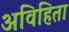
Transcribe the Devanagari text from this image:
अविहिता